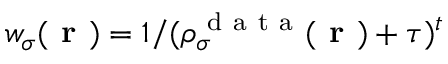
w _ { \sigma } ( \boldsymbol { \textbf { r } } ) = 1 / ( \rho _ { \sigma } ^ { \mathrm { ~ d ~ a ~ t ~ a ~ } } ( \boldsymbol { \textbf { r } } ) + \tau ) ^ { t }